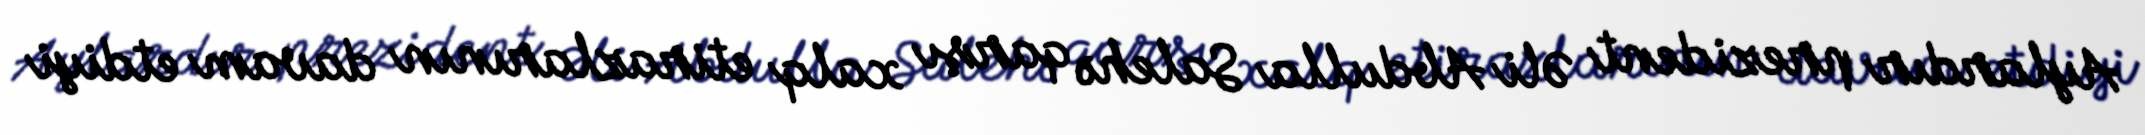
Aylardır prezident Əli Abdulla Salehə qarşı xalq etirazlarının davam etdiyi